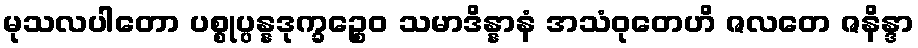
မုသလပါတော ပစ္စုပ္ပန္နဒုက္ခဉ္စေဝ သမာဒိန္နာနံ အသံဝုတေဟိ ဇလတေ ဇနိန္ဒာ